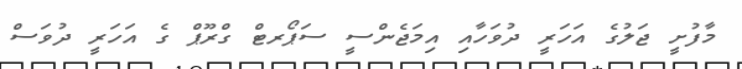
މާފުށީ ޖަލުގެ އަހަރީ ދުވަހާއި އިމަޖެންސީ ސަޕޯރޓް ގްރޫޕް ގެ އަހަރީ ދުވަސް